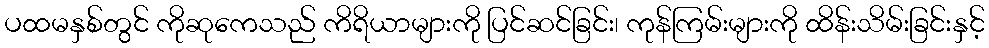
ပထမနှစ်တွင် ကိုဆုကေသည် ကိရိယာများကို ပြင်ဆင်ခြင်း၊ ကုန်ကြမ်းများကို ထိန်းသိမ်းခြင်းနှင့်